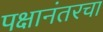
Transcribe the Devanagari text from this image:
पक्षानंतरचा